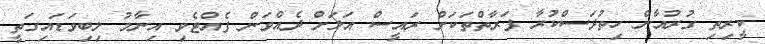
ކީރިތި ގުރުއާން ހިތުދަސްކުރާ ފަރާތްތަކަށް ރައީސް އަލަށް ދެއްވަން ފެއްޓެވި އިނާމު ލިބިވަޑައިގަތީ